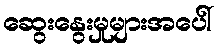
ဆွေးနွေးမှုများအပေါ်